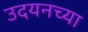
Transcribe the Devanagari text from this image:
उदयनच्या